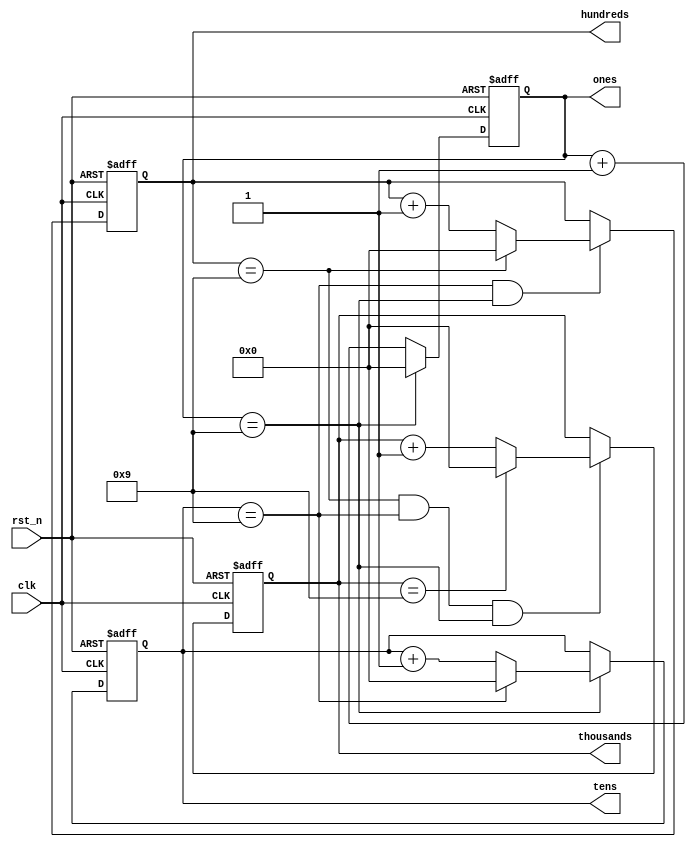
`timescale 1ns / 1ps
//////////////////////////////////////////////////////////////////////////////////
// Company: 
// Engineer: 
// 
// Design Name: 
// Module Name: digits
// Project Name: 
// Target Devices: 
// Tool Versions: 
// Description: 
// 
// Dependencies: 
// 
// Revision:
// Revision 0.01 - File Created
// Additional Comments:
// 
//////////////////////////////////////////////////////////////////////////////////

module digits(
    input clk,
    input rst_n,
    output reg [3:0] ones,
    output reg [3:0] tens,
    output reg [3:0] hundreds,
    output reg [3:0] thousands
    );
    
    //ones reg control
    always @(posedge clk or posedge rst_n)
        if(rst_n)
            ones <= 0;
        else
            if(ones == 9)
                ones <= 0;
            else
                ones <= ones + 1;
                
     //tens reg control
     always @(posedge clk or posedge rst_n)
        if(rst_n)
            tens <= 0;
        else
            if(ones == 9)
                if(tens == 9)
                    tens <= 0;
                else
                    tens <= tens + 1;
                    
       //hundreds reg control
       always @(posedge clk or posedge rst_n)
        if(rst_n)
            hundreds <= 0;
        else
            if(tens == 9 && ones == 9)
                if(hundreds == 9)
                    hundreds <= 0;
                else
                    hundreds <= hundreds + 1;
                    
        //thousands reg control
        always @(posedge clk or posedge rst_n)
            if(rst_n)
                thousands <= 0;
            else 
                if(hundreds == 9 && tens == 9 && ones == 9)
                    if(thousands == 9)
                        thousands <= 0;
                    else
                        thousands <= thousands + 1;
                        
endmodule